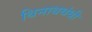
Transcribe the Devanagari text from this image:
थिनाथथंथी